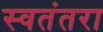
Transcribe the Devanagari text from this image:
स्वतंतरा